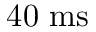
4 0 ~ \mathrm { { m s } }